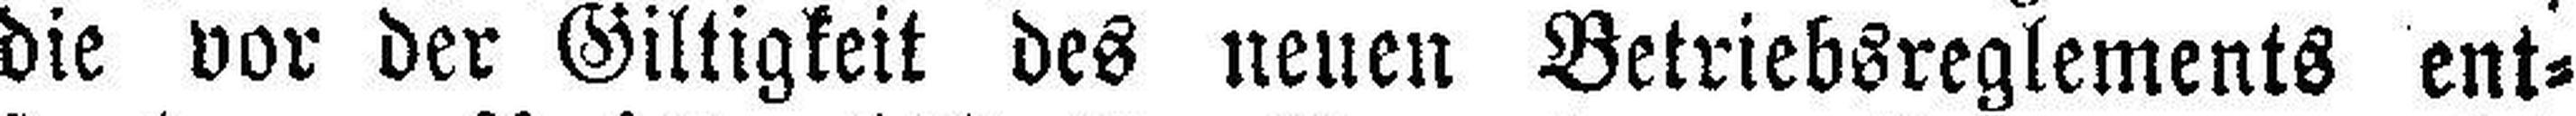
die vor der Giltigkeit des neuen Betriebsreglements ent¬